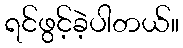
ရင်ဖွင့်ခဲ့ပါတယ်။